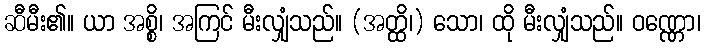
ဆီမီး၏။ ယာ အစ္စိ၊ အကြင် မီးလျှံသည်။ (အတ္ထိ၊) သော၊ ထို မီးလျှံသည်။ ဝဏ္ဏော၊